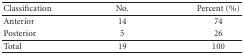
<table><thead><tr><td><b>Classification</b></td><td><b>No.</b></td><td><b>Percent (%)</b></td></tr></thead><tbody><tr><td>Anterior</td><td>14</td><td>74</td></tr><tr><td> Posterior</td><td>5</td><td>26</td></tr><tr><td>Total</td><td>19</td><td>100</td></tr></tbody></table>